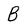
Character: B